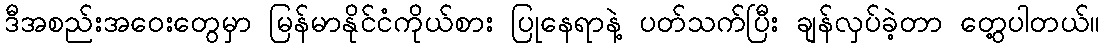
ဒီအစည်းအဝေးတွေမှာ မြန်မာနိုင်ငံကိုယ်စား ပြုနေရာနဲ့ ပတ်သက်ပြီး ချန်လှပ်ခဲ့တာ တွေ့ပါတယ်။